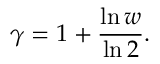
\gamma = 1 + \frac { \ln w } { \ln 2 } .